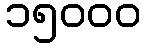
၁၅၀၀၀